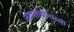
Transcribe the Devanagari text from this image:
तरंगलांबीमधली